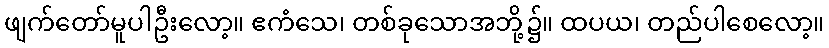
ဖျက်တော်မူပါဦးလော့။ ဧကံသေ၊ တစ်ခုသောအဘို့၌။ ထပယ၊ တည်ပါစေလော့။